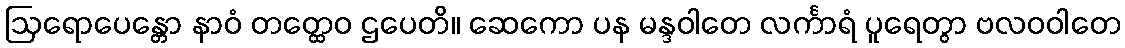
ဩရောပေန္တော နာဝံ တတ္ထေဝ ဌပေတိ။ ဆေကော ပန မန္ဒဝါတေ လင်္ကာရံ ပူရေတွာ ဗလဝဝါတေ